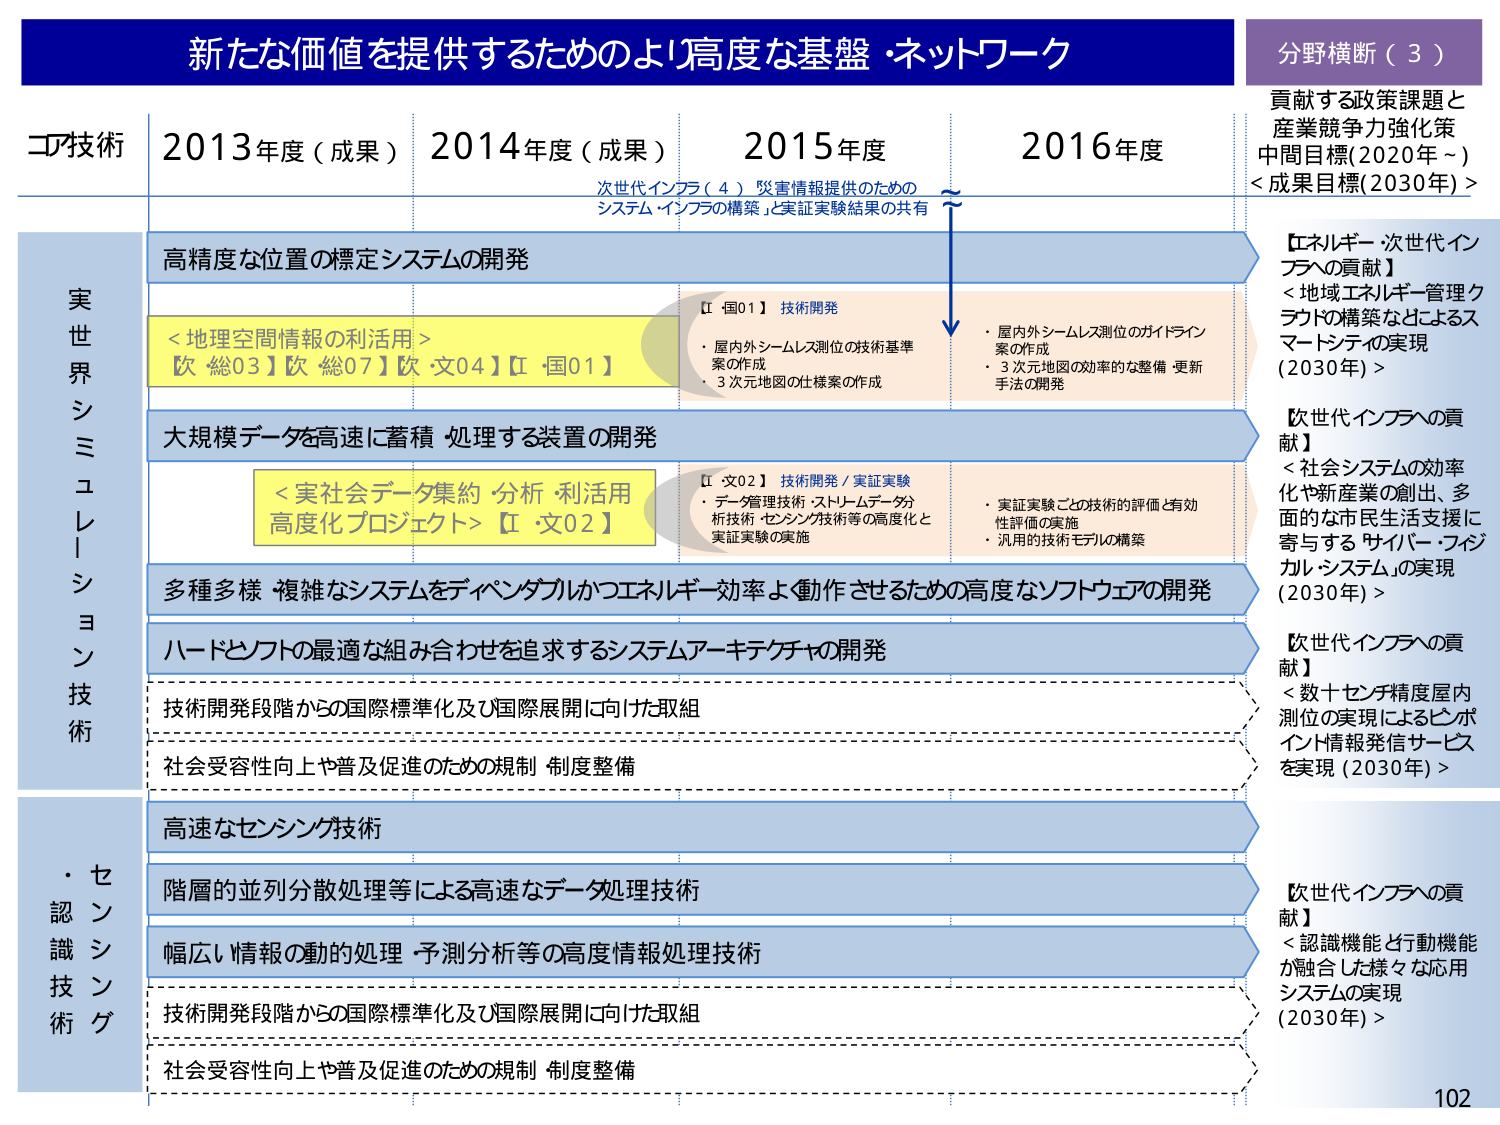
新たな価値を提供するためのより高度な基盤・ネットワーク

分野横断（３）
貢献する政策課題と
産業競争力強化策
中間目標（2020年～）
＜成果目標（2030年）＞

コア技術
2013年度（成果）
2014年度（成果）
2015年度
2016年度

次世代インフラ（４）災害情報提供のための
システム・インフラの構築、と実証実験結果の共有

実世界シミュレーション技術

高精度な位置の標定システムの開発

【エネルギー・次世代インフラへの貢献】
＜地域エネルギー管理クラウドの構築などによるスマートシティの実現（2030年）＞

＜地理空間情報の利活用＞
【次・総03】【次・総07】【次・文04】【【・国01】】

【・国01】技術開発
・屋内外シームレス測位の技術基準案の作成
・3次元地図の仕様案の作成

・屋内外シームレス測位のガイドライン案の作成
・3次元地図の効率的な整備・更新手法の開発

大規模データを高速に蓄積・処理する装置の開発

【次世代インフラへの貢献】
＜社会システムの効率化や新産業の創出、多面的な市民生活支援に寄与するサイバー・フィジカル・システムの実現（2030年）＞

＜実社会データ集約・分析・利活用高度化プロジェクト＞【【・文02】】

【・文02】技術開発／実証実験
・データ管理技術・ストリームデータ分析技術・センシング技術等の高度化と実証実験の実施

・実証実験ごとの技術の評価と有効性評価の実施
・汎用的技術モデルの構築

多種多様・複雑なシステムをディペンダブルかつエネルギー効率よく動作させるための高度なソフトウェアの開発

ハードとソフトの最適な組み合わせを追求するシステムアーキテクチャの開発

技術開発段階からの国際標準化及び国際展開に向けた取組

社会受容性向上や普及促進のための規制・制度整備

・センシング
認識技術

高速なセンシング技術

【次世代インフラへの貢献】
＜数十センチ精度屋内測位の実現によるロボット情報発信サービスを実現（2030年）＞

階層的並列分散処理等による高速なデータ処理技術

幅広い情報の動的処理・予測分析等の高度情報処理技術

技術開発段階からの国際標準化及び国際展開に向けた取組

社会受容性向上や普及促進のための規制・制度整備

【次世代インフラへの貢献】
＜認識機能と行動機能が融合した様々な応用システムの実現（2030年）＞

102